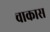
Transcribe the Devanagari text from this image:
चाकास